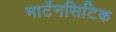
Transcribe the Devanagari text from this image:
मार्टेनसिटिक